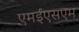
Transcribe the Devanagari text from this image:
एमईएसएम